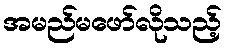
အမည်မဖော်လိုသည့်